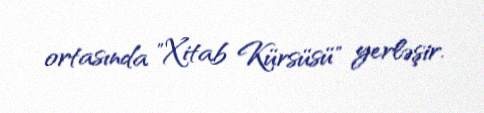
ortasında "Xitab Kürsüsü" yerləşir.